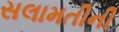
સલામતીની